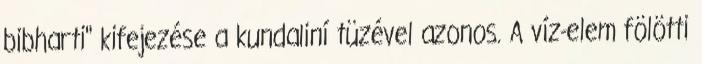
bibharti" kifejezése a kundaliní tüzével azonos. A víz-elem fölötti